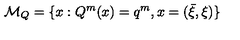
{ \cal M } _ { Q } = \{ x : Q ^ { m } ( x ) = q ^ { m } , x = ( \bar { \xi } , \xi ) \}